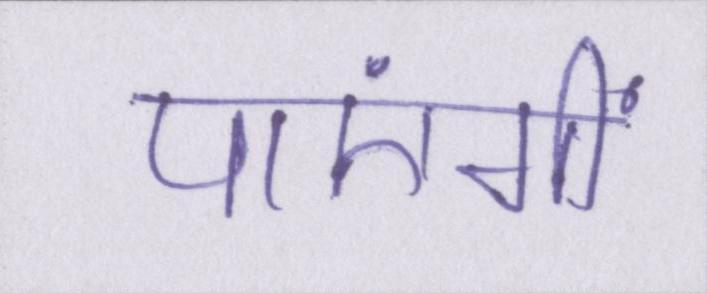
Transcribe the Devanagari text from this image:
पाएंगीं